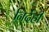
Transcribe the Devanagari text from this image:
निर्देही